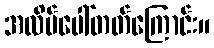
အလိမ်ပေါ်တတ်ကြောင်း။